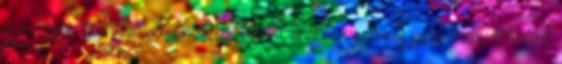
A magyar gazdálkodóknak az elmúlt években számos problémával kellett